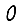
Digit: 0